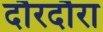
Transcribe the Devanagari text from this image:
दौरदौरा